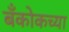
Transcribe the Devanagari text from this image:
बँकोकच्या